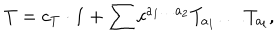
LaTeX: T = c _ { T } \cdot { \bf 1 } + \sum c ^ { a _ { 1 } \dots a _ { 2 } } T _ { a _ { 1 } } \dots T _ { a _ { l } } ,